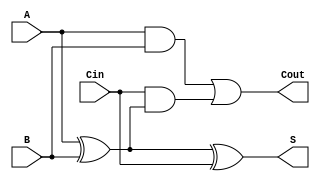
module LowPowerFullAdder (
    input wire A,      // First input bit
    input wire B,      // Second input bit
    input wire Cin,    // Carry input bit
    output wire S,     // Sum output
    output wire Cout    // Carry output
);

// Logic for Sum (S) and Carry-Out (Cout)
assign S = A ^ B ^ Cin; // Sum: A XOR B XOR Cin
assign Cout = (A & B) | (Cin & (A ^ B)); // Carry-Out: (A AND B) OR (Cin AND (A XOR B))

endmodule